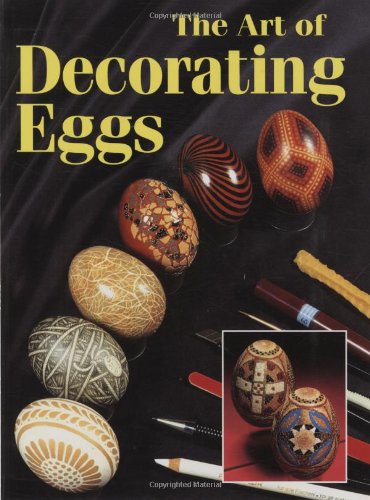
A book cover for The Art of Decorating Eggs; Gabriella Szutor; Crafts, Hobbies & Home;